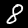
Digit: 8